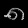
Digit: ၈